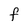
Character: F